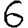
Digit: 6